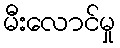
မီးလောင်မှု